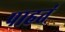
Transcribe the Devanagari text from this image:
पाहतं